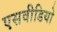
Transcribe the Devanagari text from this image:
एसवीडियो